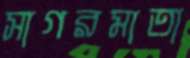
সাগরমাতা